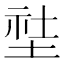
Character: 𱗇